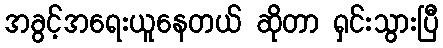
အခွင့်အရေးယူနေတယ် ဆိုတာ ရှင်းသွားပြီ